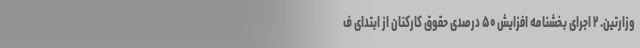
وزارتین. ۲ اجرای بخشنامه افزایش ۵۰ درصدی حقوق کارکنان از ابتدای ف